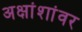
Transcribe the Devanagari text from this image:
अक्षांशांवर